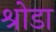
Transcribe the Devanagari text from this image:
श्रोडा